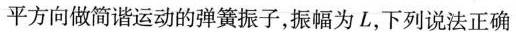
平方向做简谐运动的弹簧振子，振幅为L，下列说法正确